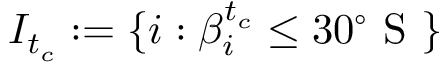
I _ { t _ { c } } : = \{ i : \beta _ { i } ^ { t _ { c } } \leq 3 0 ^ { \circ } \mathrm { ~ S ~ } \}